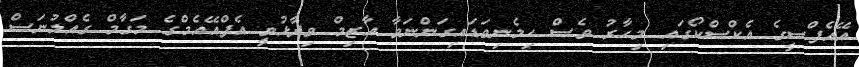
އޭއެފްސީގެ އެކްސްކޯގައި މިހާރު ވެސް ހިމެނިވަޑައިގަންނަވާ އާޒިމް ވިދާޅުވީ އެފްއޭއެމްގެ މަގާމް ގެއްލުނަސް